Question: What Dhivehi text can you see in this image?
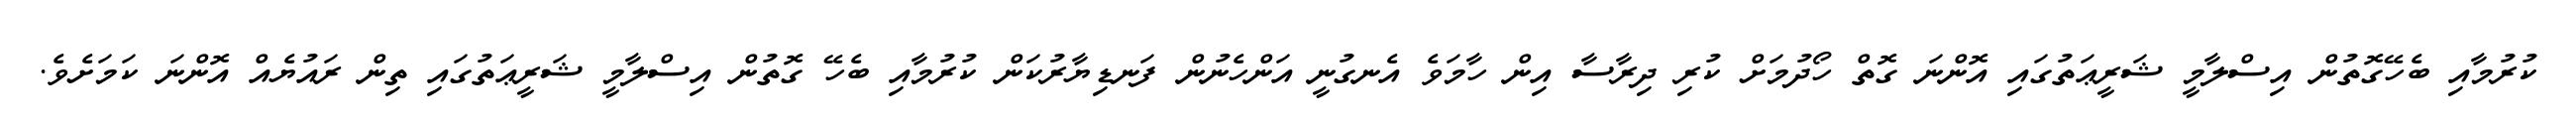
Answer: ކުރުމާއި ބެހޭގޮތުން އިސްލާމީ ޝަރީޢަތުގައި އޮންނަ ގޮތް ހޯދުމަށް ކުރި ދިރާސާ އިން ހާމަވެ އެނގުނީ އަންހެނުން ފަނޑިޔާރުކަން ކުރުމާއި ބެހޭ ގޮތުން އިސްލާމީ ޝަރީޢަތުގައި ތިން ރައުޔެއް އޮންނަ ކަމަށެވެ.